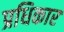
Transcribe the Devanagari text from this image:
प्रधिकार